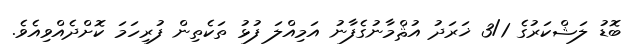
ބޮޑު ލަޝްކަރުގެ 3/1 ޚަރަދު އުޘްމާނުގެފާނު އަމިއްލަ ފުޅު ތަކެތިން ފުރިހަމަ ކޮށްދެއްވިއެވެ.